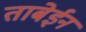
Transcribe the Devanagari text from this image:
ताबेईन